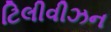
ટિલીવીઝન